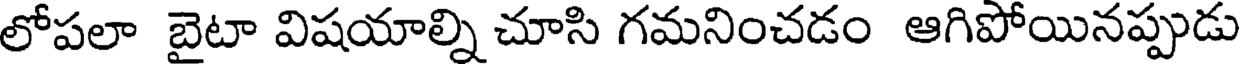
లోపలా బైటా విషయాల్ని చూసి గమనించడం ఆగిపోయినప్పుడు